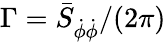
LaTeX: \Gamma=\bar{S}_{\dot{\phi}\dot{\phi}}/(2\pi)